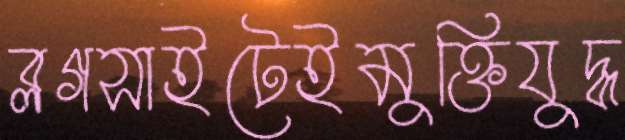
ব্লগসাইটেইমুক্তিযুদ্ধ